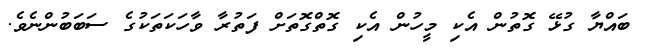
ބައްޔާ ގުޅޭ ގޮތުން އެކި މީހުން އެކި ގޮތްގޮތަށް ފަތުރާ ވާހަކަތަކުގެ ސަބަބުންނެވެ.